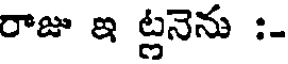
రాజు ఇ ట్లనెను :-